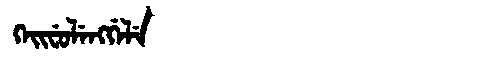
Manchu: ᡴᡝᡳᠸᡠᠯᡝᠩᡤᡝᠯᡝ
Romanization: KEIFULENGGELE